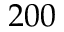
2 0 0